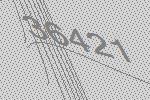
36421